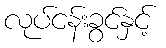
လုပ်ငန်းခွင်နှင့်